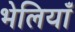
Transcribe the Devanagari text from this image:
भेलियाँ